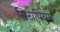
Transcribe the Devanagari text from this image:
सिरापियम